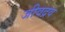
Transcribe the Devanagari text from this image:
जीवद्रव